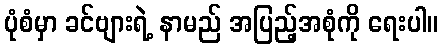
ပုံစံမှာ ခင်ဗျားရဲ့ နာမည် အပြည့်အစုံကို ရေးပါ။